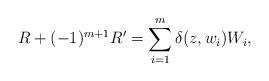
LaTeX: \begin{gather*} R+(-1)^{m+1}R^{\prime}=\sum_{i=1}^{m}\delta(z,w_{i})W_{i},\end{gather*}